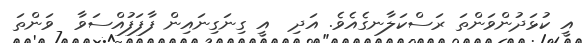
އީ ކުޅަދުންވަންތަ ރަސްކަލާނގެއެވެ. އަދި  އީ ގިނަގިނައިން ފާފަފުއްސަވާ  ވަންތަ